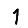
Digit: 1